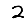
Digit: 2